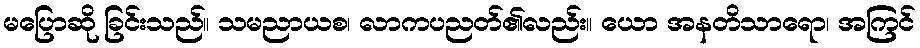
မပြောဆို ခြင်းသည်။ သမညာယစ၊ လာကပညတ်၏လည်း။ ယော အနတိသာရော၊ အကြင်